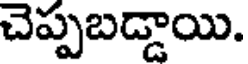
చెప్పబడ్డాయి.